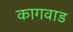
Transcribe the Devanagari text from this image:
कागवाड